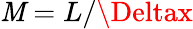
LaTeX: \mathit{M}=L/\Deltax